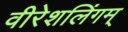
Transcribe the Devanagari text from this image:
वीरेशलिंगम्